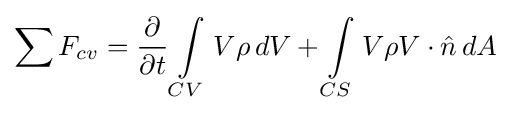
\sum F_{cv}={\partial  \over \partial t}\int \limits _{CV}V\rho \,{dV}+\int \limits _{CS}V\rho V\cdot {\hat {n}}\,{dA}